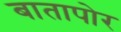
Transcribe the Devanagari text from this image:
बातापोर